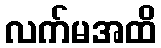
လက်မအထိ